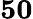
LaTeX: \mathbf{50}